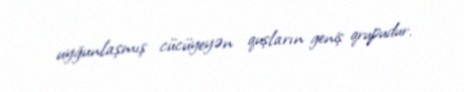
uyğunlaşmış cücüyeyən quşların geniş qrupudur.